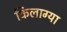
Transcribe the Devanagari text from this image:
किलाग्या